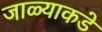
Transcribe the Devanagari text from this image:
जाळ्याकडे